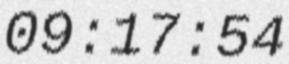
09:17:54